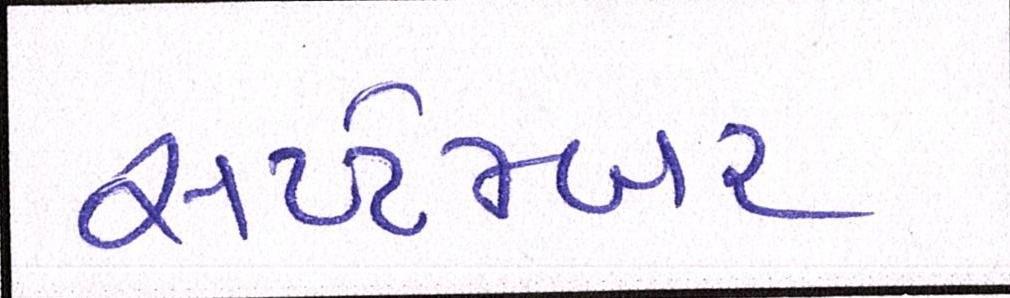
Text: સપ્ટેમ્બર